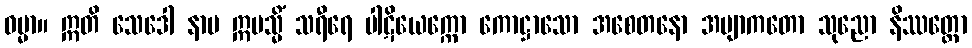
ဓမ္မာ။ ဣတိ သေဒေါ နာမ ဣမသ္မိံ သရီရေ ပါဋိယေက္ကော ကောဋ္ဌာသော အစေတနော အဗျာကတော သုညော နိဿတ္တော